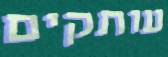
עותקים